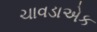
ચાવડાએક